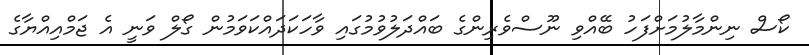
ކޯސް ނިންމާލުމަށްފަހު ބޭއްވި ނޫސްވެރިންގެ ބައްދަލުވުމުގައި ވާހަކަދައްކަވަމުން ގޯލް ވަނީ އެ ޖަމްއިއްޔާގެ